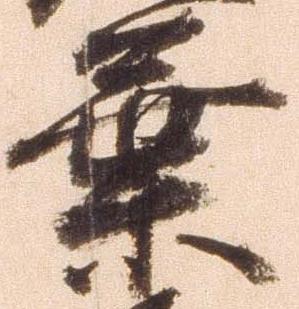
葉